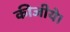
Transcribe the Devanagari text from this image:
कीजीये।